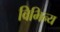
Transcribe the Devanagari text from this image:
विभिन्य